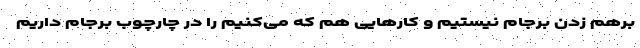
برهم زدن برجام نیستیم و کارهایی هم که می‌کنیم را در چارچوب برجام داریم